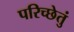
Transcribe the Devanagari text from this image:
परिच्छेतुं